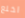
اخلع